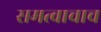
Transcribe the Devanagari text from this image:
समत्वाचाच